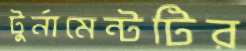
টুর্নামেন্টটির